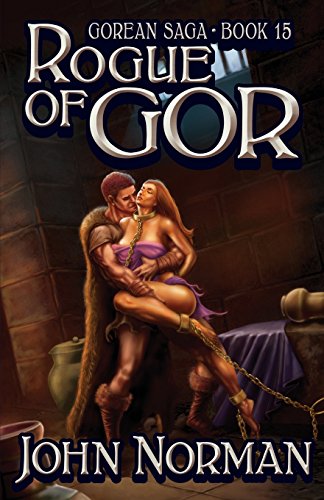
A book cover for Rogue of Gor (Gorean Saga); John Norman; Romance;